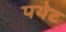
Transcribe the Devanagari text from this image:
पथेट